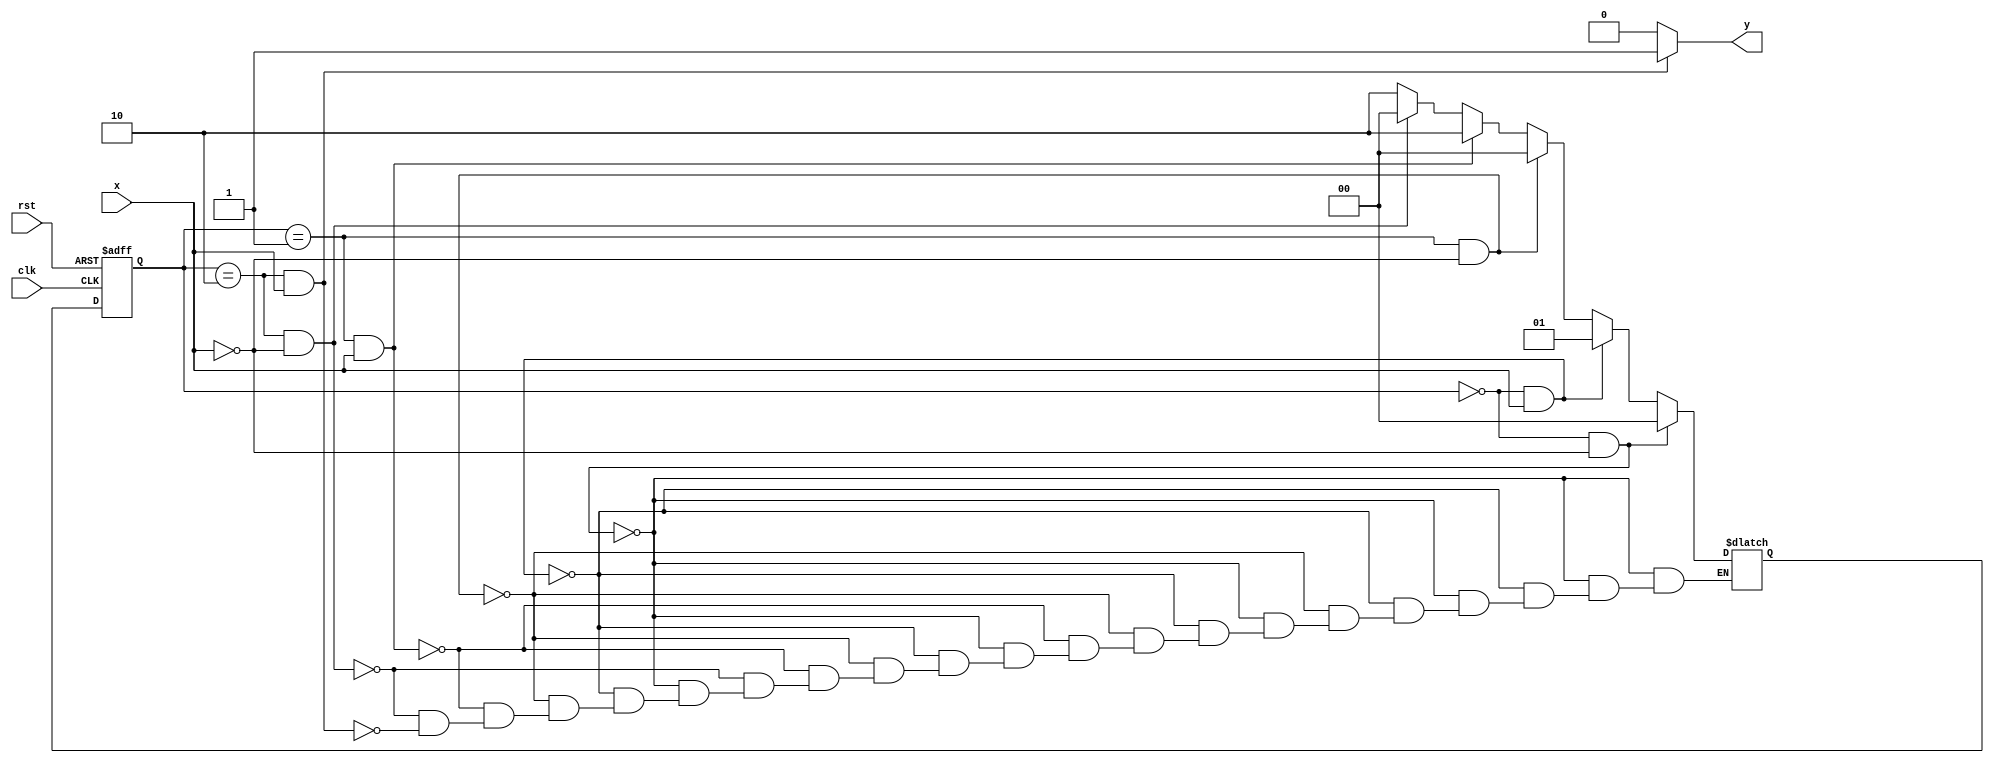
module mealyfsm (
	input clk,    // Clock
	input rst,  // Asynchronous reset active low
	input x,
	output y
);

reg y;
reg [1:0]ps;
reg [1:0]ns;
parameter a = 2'b00, b = 2'b01, c = 2'b10;

always @(posedge clk or negedge rst) 
begin 
	if(~rst) 
	begin
		ps = a;
	end 

	else 
	begin
		ps = ns;
	end
end


always @(ps or x) 
begin 
	if(ps == a && x == 0) 
	begin
		ns = a;
	end 

	else if(ps == a && x == 1)
	begin
		ns = b;
	end

	else if(ps == b && x == 0) 
	begin
		ns = a;
	end 

	else if(ps == b && x == 1)
	begin
		ns = c;
	end

	else if(ps == c && x == 0) 
	begin
		ns = a;
	end 

	else if(ps == c && x == 1)
	begin
		ns = c;
	end
end


always @(ps or x) 
begin 
	if(ps == c && x == 1) 
	begin
		y = 1;
	end 

	else 
	begin
		y = 0;
	end
end

endmodule